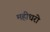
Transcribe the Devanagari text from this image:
महीधरो